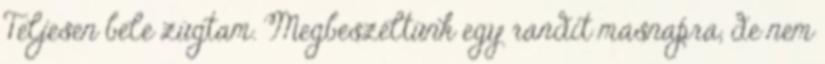
Teljesen bele zúgtam. Megbeszéltünk egy randit másnapra, de nem